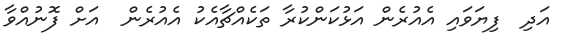
އަދި  ފިޔަވައި އެއުރެން އަޅުކަންކުރާ ތަކެއްޗާއެކު އެއުރެން  އަށް ފޮނުއްވާ